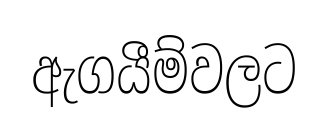
ඇගයීම්වලට